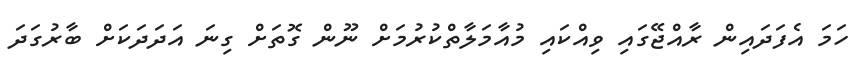
ހަމަ އެފަދައިން ރާއްޖޭގައި ވިއްކައި މުއާމަލާތްކުރުމަށް ނޫން ގޮތަށް ގިނަ އަދަދަކަށް ބާރުގަދަ